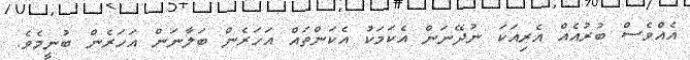
އެއްވެސް ބުރުއެއް އެރިއަކަ ނުދޭނަން އެކަމަކު އެކަންތައް އަހަރެން ބަލާނަން އަހަރެން ބުނީމެވެ.